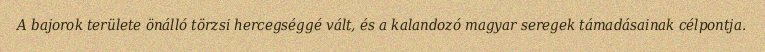
A bajorok területe önálló törzsi hercegséggé vált, és a kalandozó magyar seregek támadásainak célpontja.